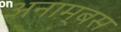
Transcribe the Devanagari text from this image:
अनाम्बस